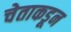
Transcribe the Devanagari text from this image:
चेताकडून